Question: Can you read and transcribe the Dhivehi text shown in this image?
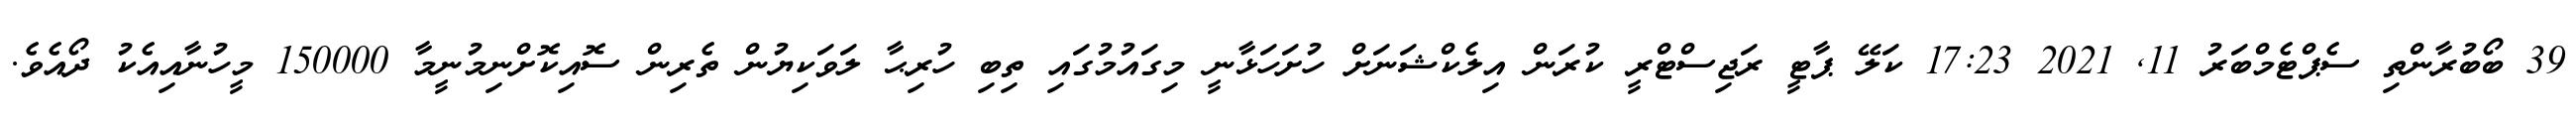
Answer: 39 ބޯބުރާންތި ސެޕްޓެމްބަރު 11, 2021 17:23 ކަލޭ ޕާޓީ ރަޖިސްޓްރީ ކުރަން އިލެކްޝަނަށް ހުށަހަޅާނީ މިގައުމުގައި ތިބި ހުރިޙާ ލަވަކިޔުން ތެރިން ސޮއިކޮށްނިމުނީމާ 150000 މީހުނާއިއެކު ދޯއެވެ.